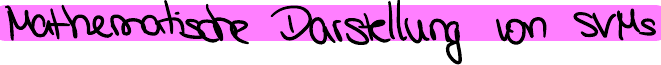
Mathematische Darstellung von SVMs